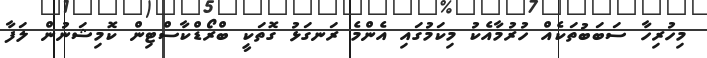
މިހުރިހާ ސަބަބުތަކެއް ހުރުމާއެކު މިކަމުގައި އެންމެ ރަނގަޅު ގޮތަކީ ބްރޯޑްކާސްޓިން ކޮމިޝަނުން ލަފާ